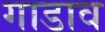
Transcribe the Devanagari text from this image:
गाडाव